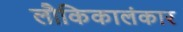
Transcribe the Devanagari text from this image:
लौकिकालंकार